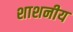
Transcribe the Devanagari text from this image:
शाशनीय